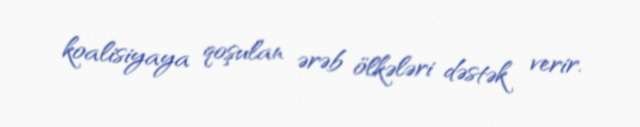
koalisiyaya qoşulan ərəb ölkələri dəstək verir.